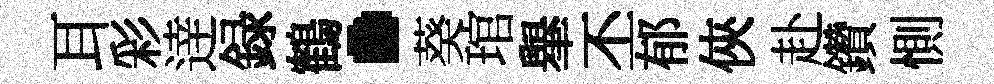
耳彩逹録鶴·葵琯𦦙丕郁俠赴鑽惻